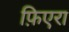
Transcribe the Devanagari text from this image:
फ़िएरा